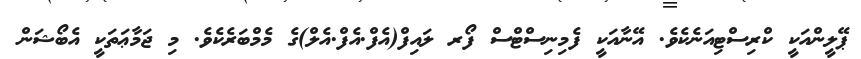
ޕޭލީންއަކީ ކްރިސްޓިއަނެކެވެ. އޭނާއަކީ ފެމިނިސްޓްސް ފޯރ ލައިފް(އެފް.އެފް.އެލް)ގެ މެމްބަރެކެވެ. މި ޖަމާޢަތަކީ އެބޯޝަން